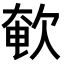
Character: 𣣚